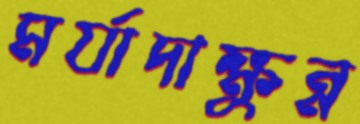
মর্যাদাক্ষুন্ন